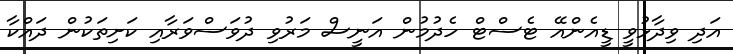
އަދި ވިދާޅުވީ ޑީއެންއޭ ޓެސްޓް ހެދުމުން އަނީސް މަރުވި ދުވަސްވަރާއި ކަށިތަކުން ދައްކާ